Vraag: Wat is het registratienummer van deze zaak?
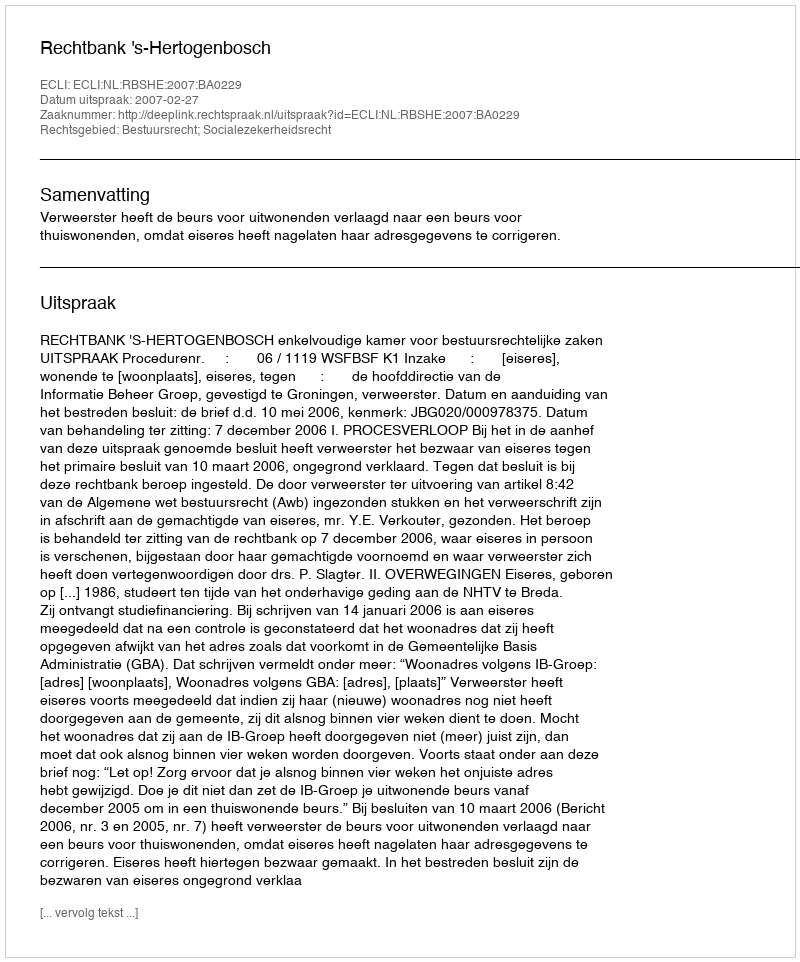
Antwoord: http://deeplink.rechtspraak.nl/uitspraak?id=ECLI:NL:RBSHE:2007:BA0229